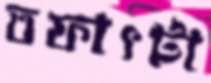
তফাৎটা